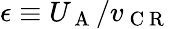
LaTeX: \epsilon\equiv U_{\mathrm{~A~}}/v_{\mathrm{~C~R~}}